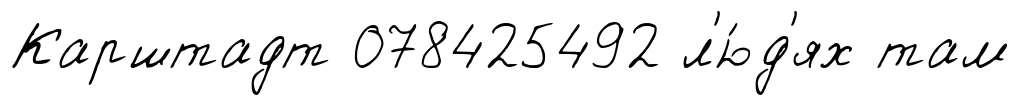
Карштадт 078425492 л'ю́д'ях там